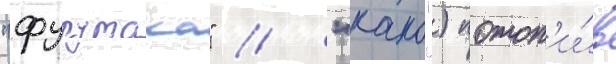
"фурутака" / "како") потоп'и́в